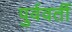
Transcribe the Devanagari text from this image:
पुर्ववर्ती